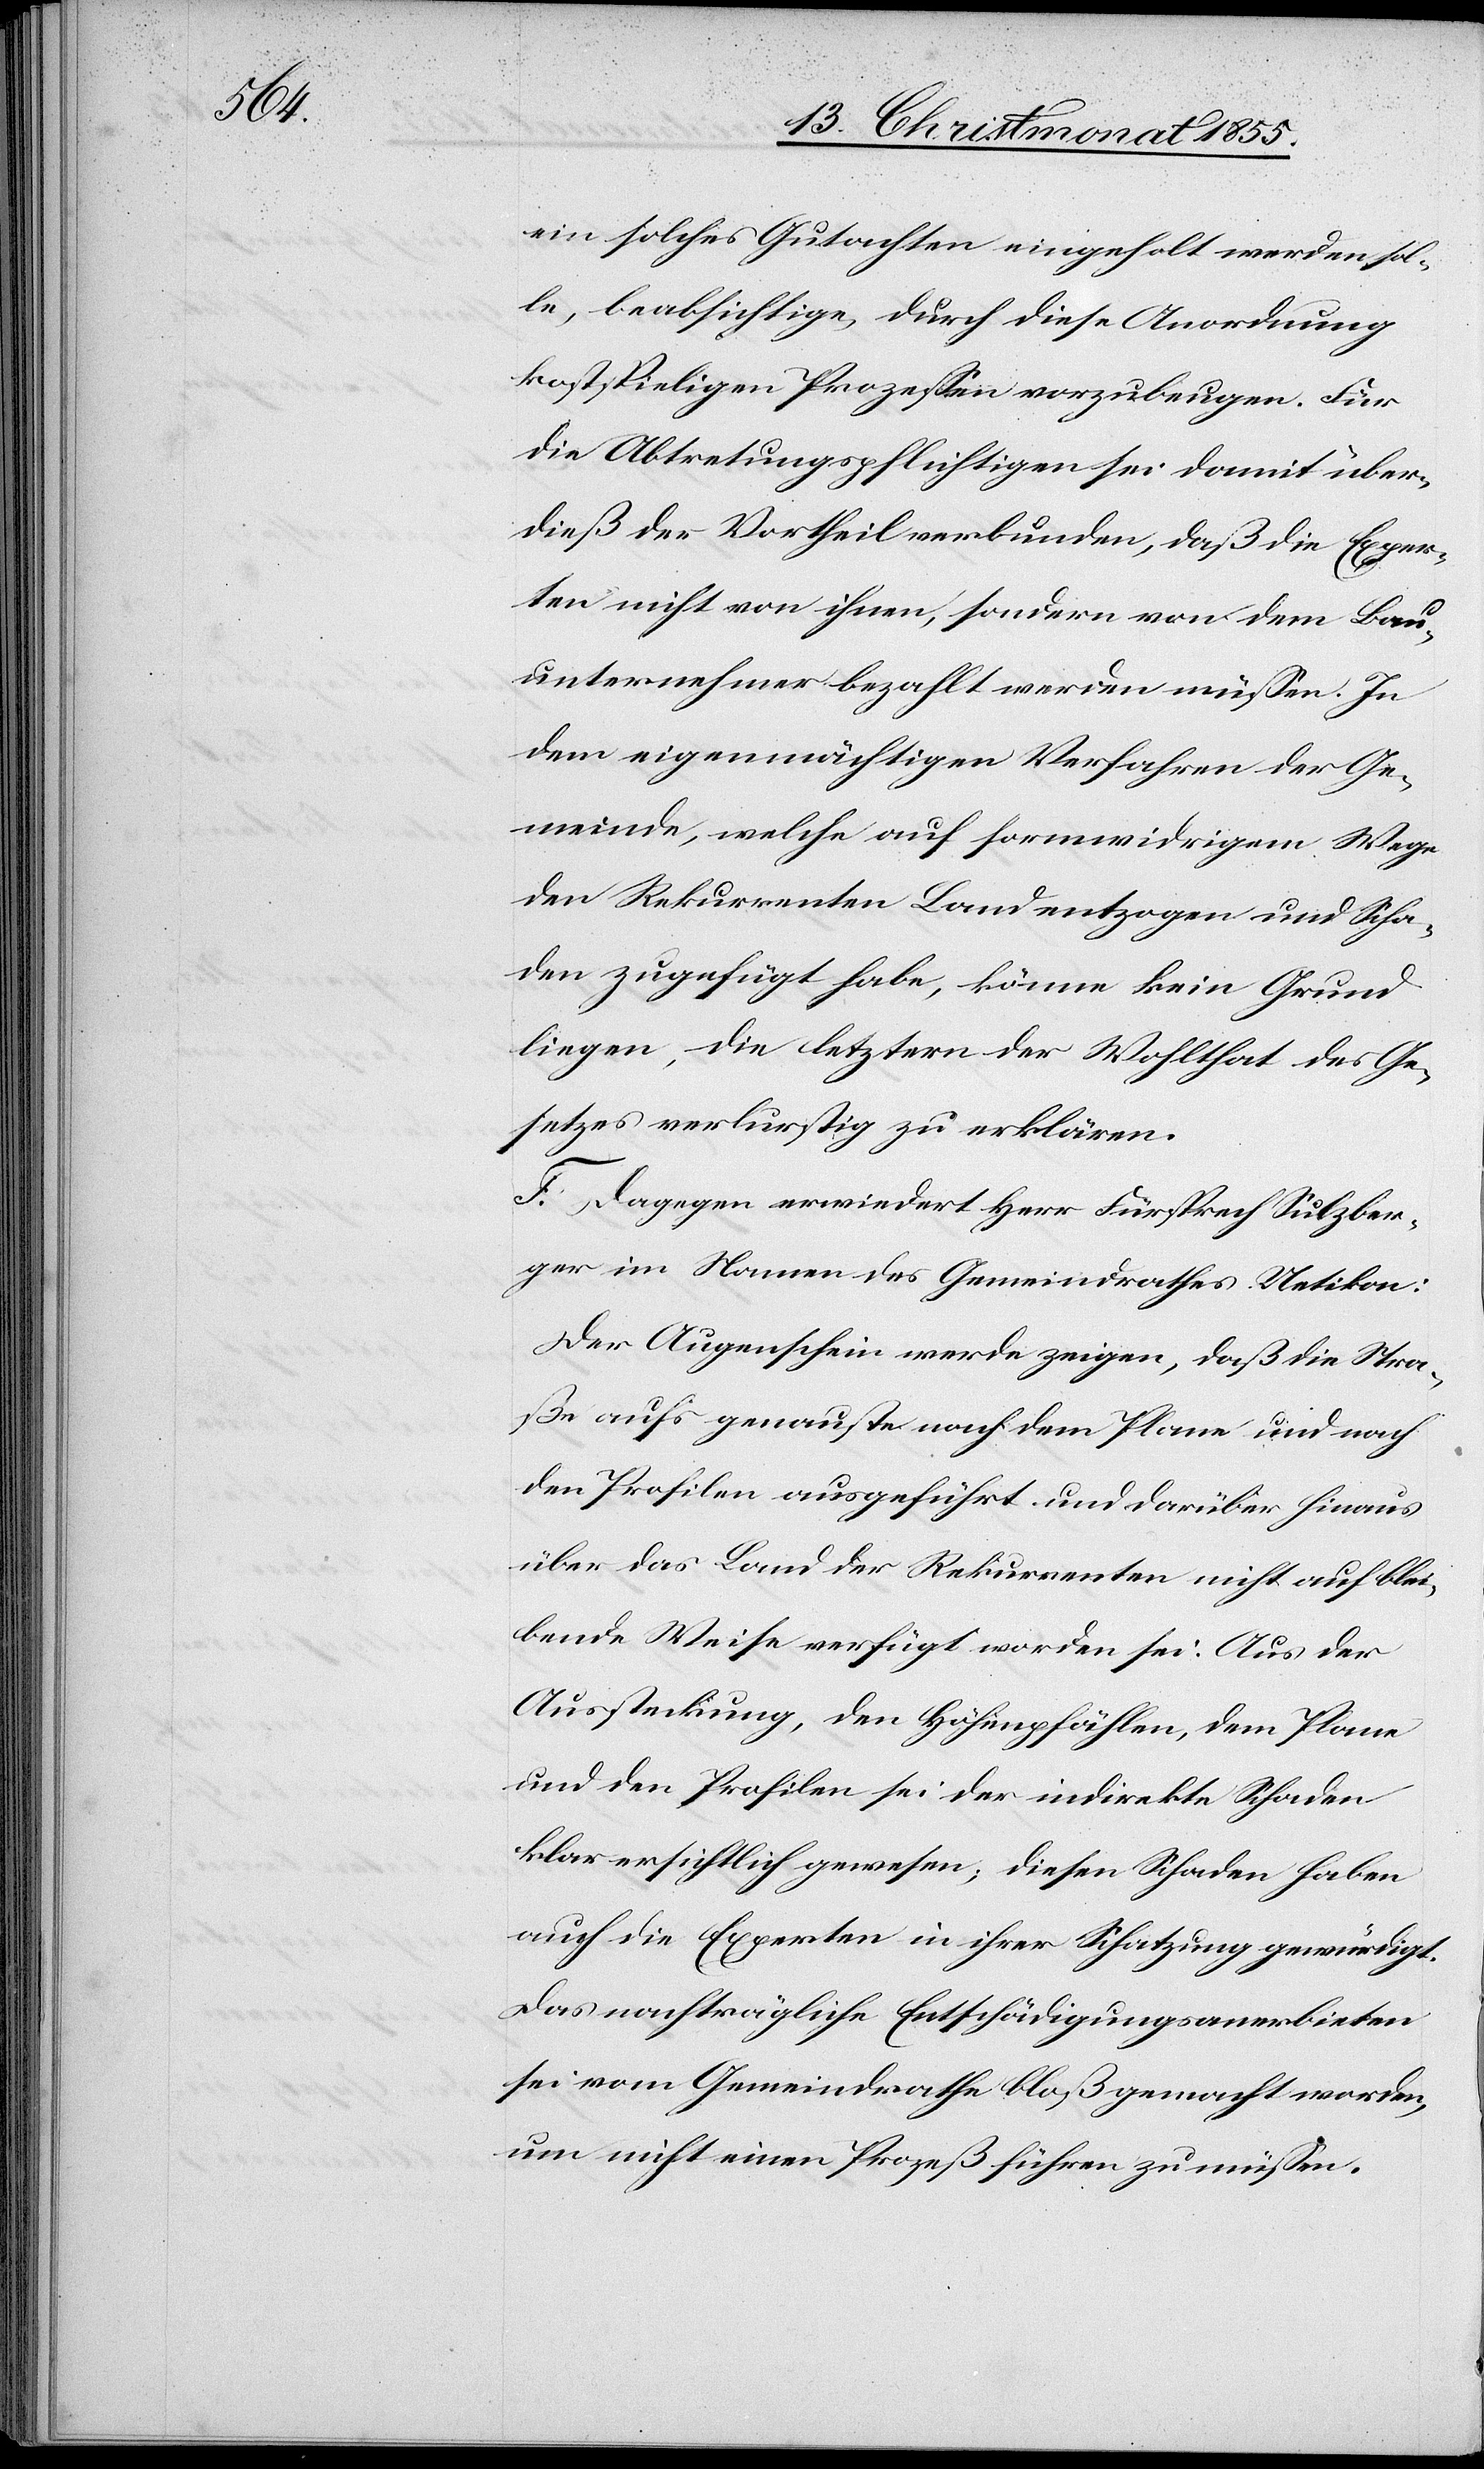
ein solches Gutachten eingeholt werden sol¬
le, beabsichtige, durch diese Anordnung
kostspieligen Prozessen vorzubeugen. Für
die Abtretungspflichtigen sei damit über¬
dieß der Vortheil verbunden, daß die Exper¬
ten nicht von ihnen, sondern von dem Bau¬
unternehmer bezahlt werden müssen. In
dem eigenmächtigen Verfahren der Ge¬
meinde, welche auf formwidrigem Wege
den Rekurrenten Land entzogen und Scha¬
den zugefügt habe, könne kein Grund
liegen, die letztern der Wohlthat des Ge¬
setzes verlurstig zu erklären.
F. Dagegen erwiedert Herr Fürsprech Sulzber¬
ger im Namen des Gemeindrathes Uetikon:
Der Augenschein werde zeigen, daß die Stra¬
ße aufs genauste nach dem Plane und nach
den Profilen ausgeführt und darüber hinaus
über das Land der Rekurrenten nicht auf blei¬
bende Weise verfügt worden sei. Aus der
Aussteckung, den Höhenpfählen, dem Plane
und den Profilen sei der indirekte Schaden
klar ersichtlich gewesen; diesen Schaden haben
auch die Experten in ihrer Schatzung gewürdigt.
Das nachträgliche Entschädigungsanerbieten
sei vom Gemeindrathe bloß gemacht worden,
um nicht einen Prozeß führen zu müssen.